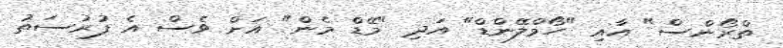
ތްރޯންސް" އާއި "ހޯމްލޭންޑް" އަދި "މޭޑް މެން" އަށް ވެސް އެ ފުރުސަތު